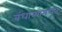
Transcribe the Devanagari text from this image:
बंधार्‍यामधून